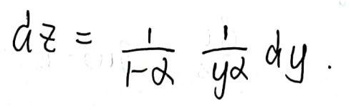
\[
d z=\frac{1}{1 - \alpha}\frac{1}{y^{\alpha}}d y
\]